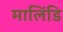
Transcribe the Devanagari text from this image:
मालिंडि